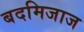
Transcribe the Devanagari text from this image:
बदमिजाज